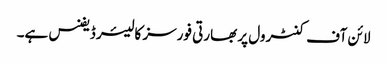
لائن آف کنٹرول پر بھارتی فورسز کا لیئر ڈیفنس ہے۔